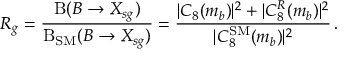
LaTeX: R _ { g } = \frac { \mathrm { B } ( B \to X _ { s g } ) } { \mathrm { B } _ { \mathrm { S M } } ( B \to X _ { s g } ) } = \frac { | C _ { 8 } ( m _ { b } ) | ^ { 2 } + | C _ { 8 } ^ { R } ( m _ { b } ) | ^ { 2 } } { | C _ { 8 } ^ { \mathrm { S M } } ( m _ { b } ) | ^ { 2 } } \, .